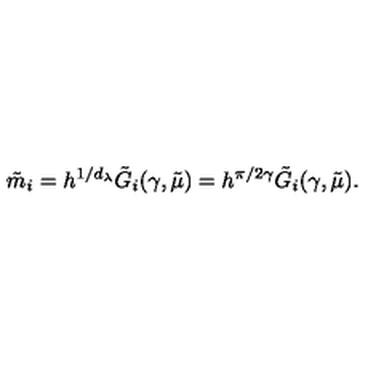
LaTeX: \tilde { m } _ { i } = h ^ { 1 / d _ { \lambda } } \tilde { G } _ { i } ( \gamma , \tilde { \mu } ) = h ^ { \pi / 2 \gamma } \tilde { G } _ { i } ( \gamma , \tilde { \mu } ) .